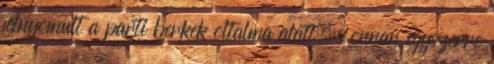
felnyomult a parti berkek oltalma alatt, s onnan egyszerre